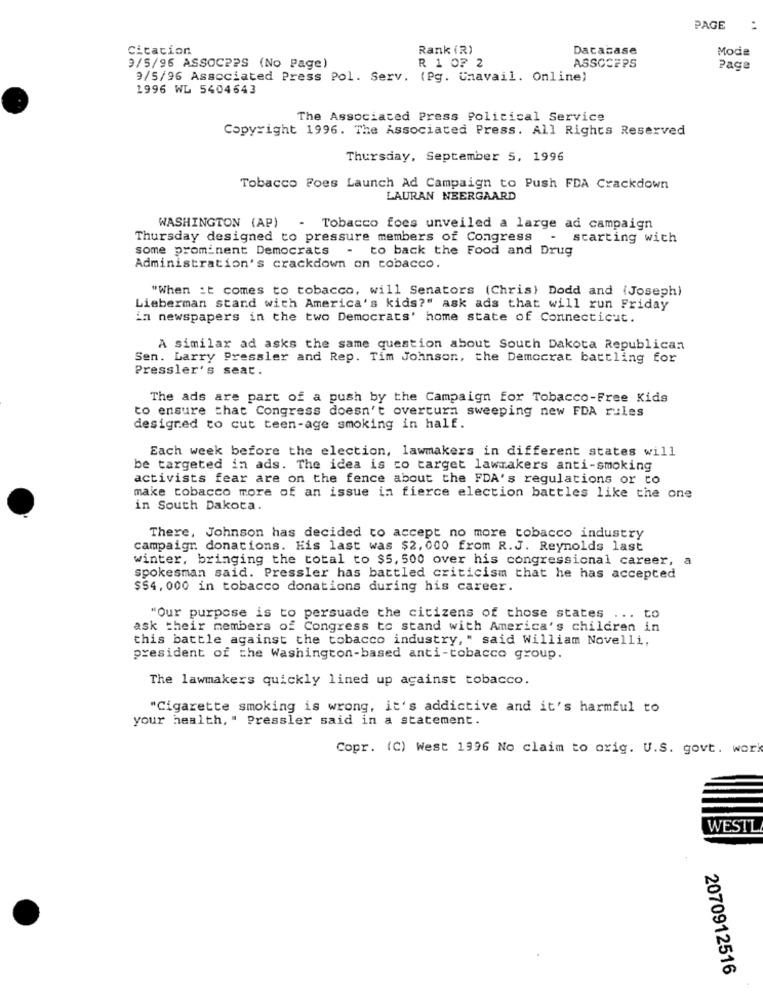
PAGE
:
Citation
Rank (R)
Dacacase
Mode
9/5/96 ASSOCPPS (No Page)
R 1 0? 2
ASSOCEPS
Page
9/5/96 Associated Press Pol. Serv. (Pg. Unavail. Online)
1996 WL 5404643
The Associated Press Political Service
Copyright 1996. The Associated Press. All Rights Reserved
Thursday, September 5, 1996
Tobacco Foes Launch Ad Campaign to Push FDA Crackdown
LAURAN NEERGAARD
WASHINGTON (AP)
- Tobacco foes unveiled a large ad campaign
Thursday designed to pressure members of Congress
- starting wich
some prominent Democrats - to back the Food and Drug
Administration's crackdown on tobacco.
"When it comes to tobacco, will Senators (Chris) Dodd and (Joseph)
Lieberman stand with America's kids?" ask ads that will run Friday
in newspapers in the two Democrats' home state of Connecticut.
A similar ad asks the same question about South Dakota Republican
Sen. Larry Pressler and Rep. Tim Johnson, the Democrat battling for
Pressler's seat.
The ads are part of a push by the Campaign for Tobacco-Free Kids
to ensure that Congress doesn't overturn sweeping new FDA rules
designed to cut teen-age smoking in half.
Each week before the election, lawmakers in different states will
be targeted in ads. The idea is co target lawmakers anti-smoking
activists fear are on the fence about the FDA's regulations or to
make tobacco more of an issue in fierce election battles like the one
in South Dakota.
There, Johnson has decided to accept no more tobacco industry
campaign donations. His last was $2,000 from R.J. Reynolds last
winter, bringing the total to $5, 500 over his congressional career, a
spokesman said. Pressler has battled criticism that he has accepted
$$4, 000 in tobacco donations during his career.
"Our purpose is to persuade the citizens of those states ... to
ask their members of Congress to stand with America's children in
this battle against the tobacco industry, " said William Novelli,
president of the Washington-based anti-tobacco group.
The lawmakers quickly lined up against tobacco.
"Cigarette smoking is wrong, it's addictive and it's harmful to
your health, " Pressler said in a statement.
Copr. (C) West 1996 No claim to orig. U.S. govt. work
WESTL
2070912516